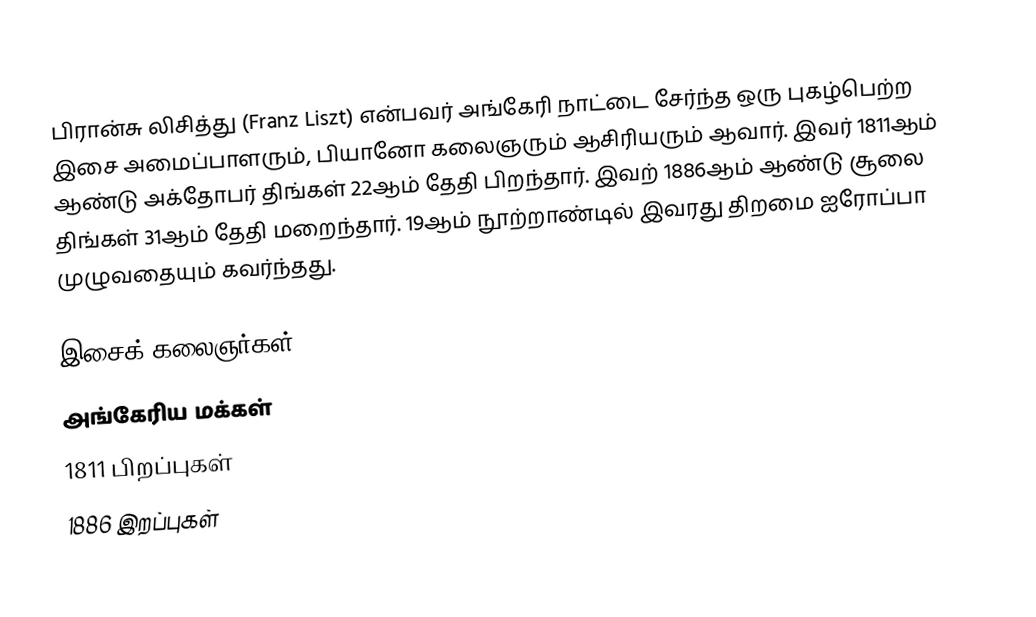
பிரான்சு லிசித்து (Franz Liszt) என்பவர் அங்கேரி நாட்டை சேர்ந்த ஒரு புகழ்பெற்ற இசை அமைப்பாளரும், பியானோ கலைஞரும் ஆசிரியரும் ஆவார். இவர் 1811ஆம் ஆண்டு அக்தோபர் திங்கள் 22ஆம் தேதி பிறந்தார். இவற் 1886ஆம் ஆண்டு சூலை திங்கள் 31ஆம் தேதி மறைந்தார். 19ஆம் நூற்றாண்டில் இவரது திறமை ஐரோப்பா முழுவதையும் கவர்ந்தது.

இசைக் கலைஞர்கள்
அங்கேரிய மக்கள்
1811 பிறப்புகள்
1886 இறப்புகள்